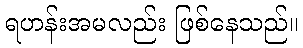
ရဟန်းအမလည်း ဖြစ်နေသည်။